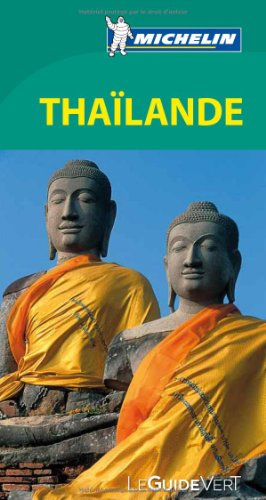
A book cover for Guide vert Thailande [green guide Thailand] (French Edition); Michelin; Travel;